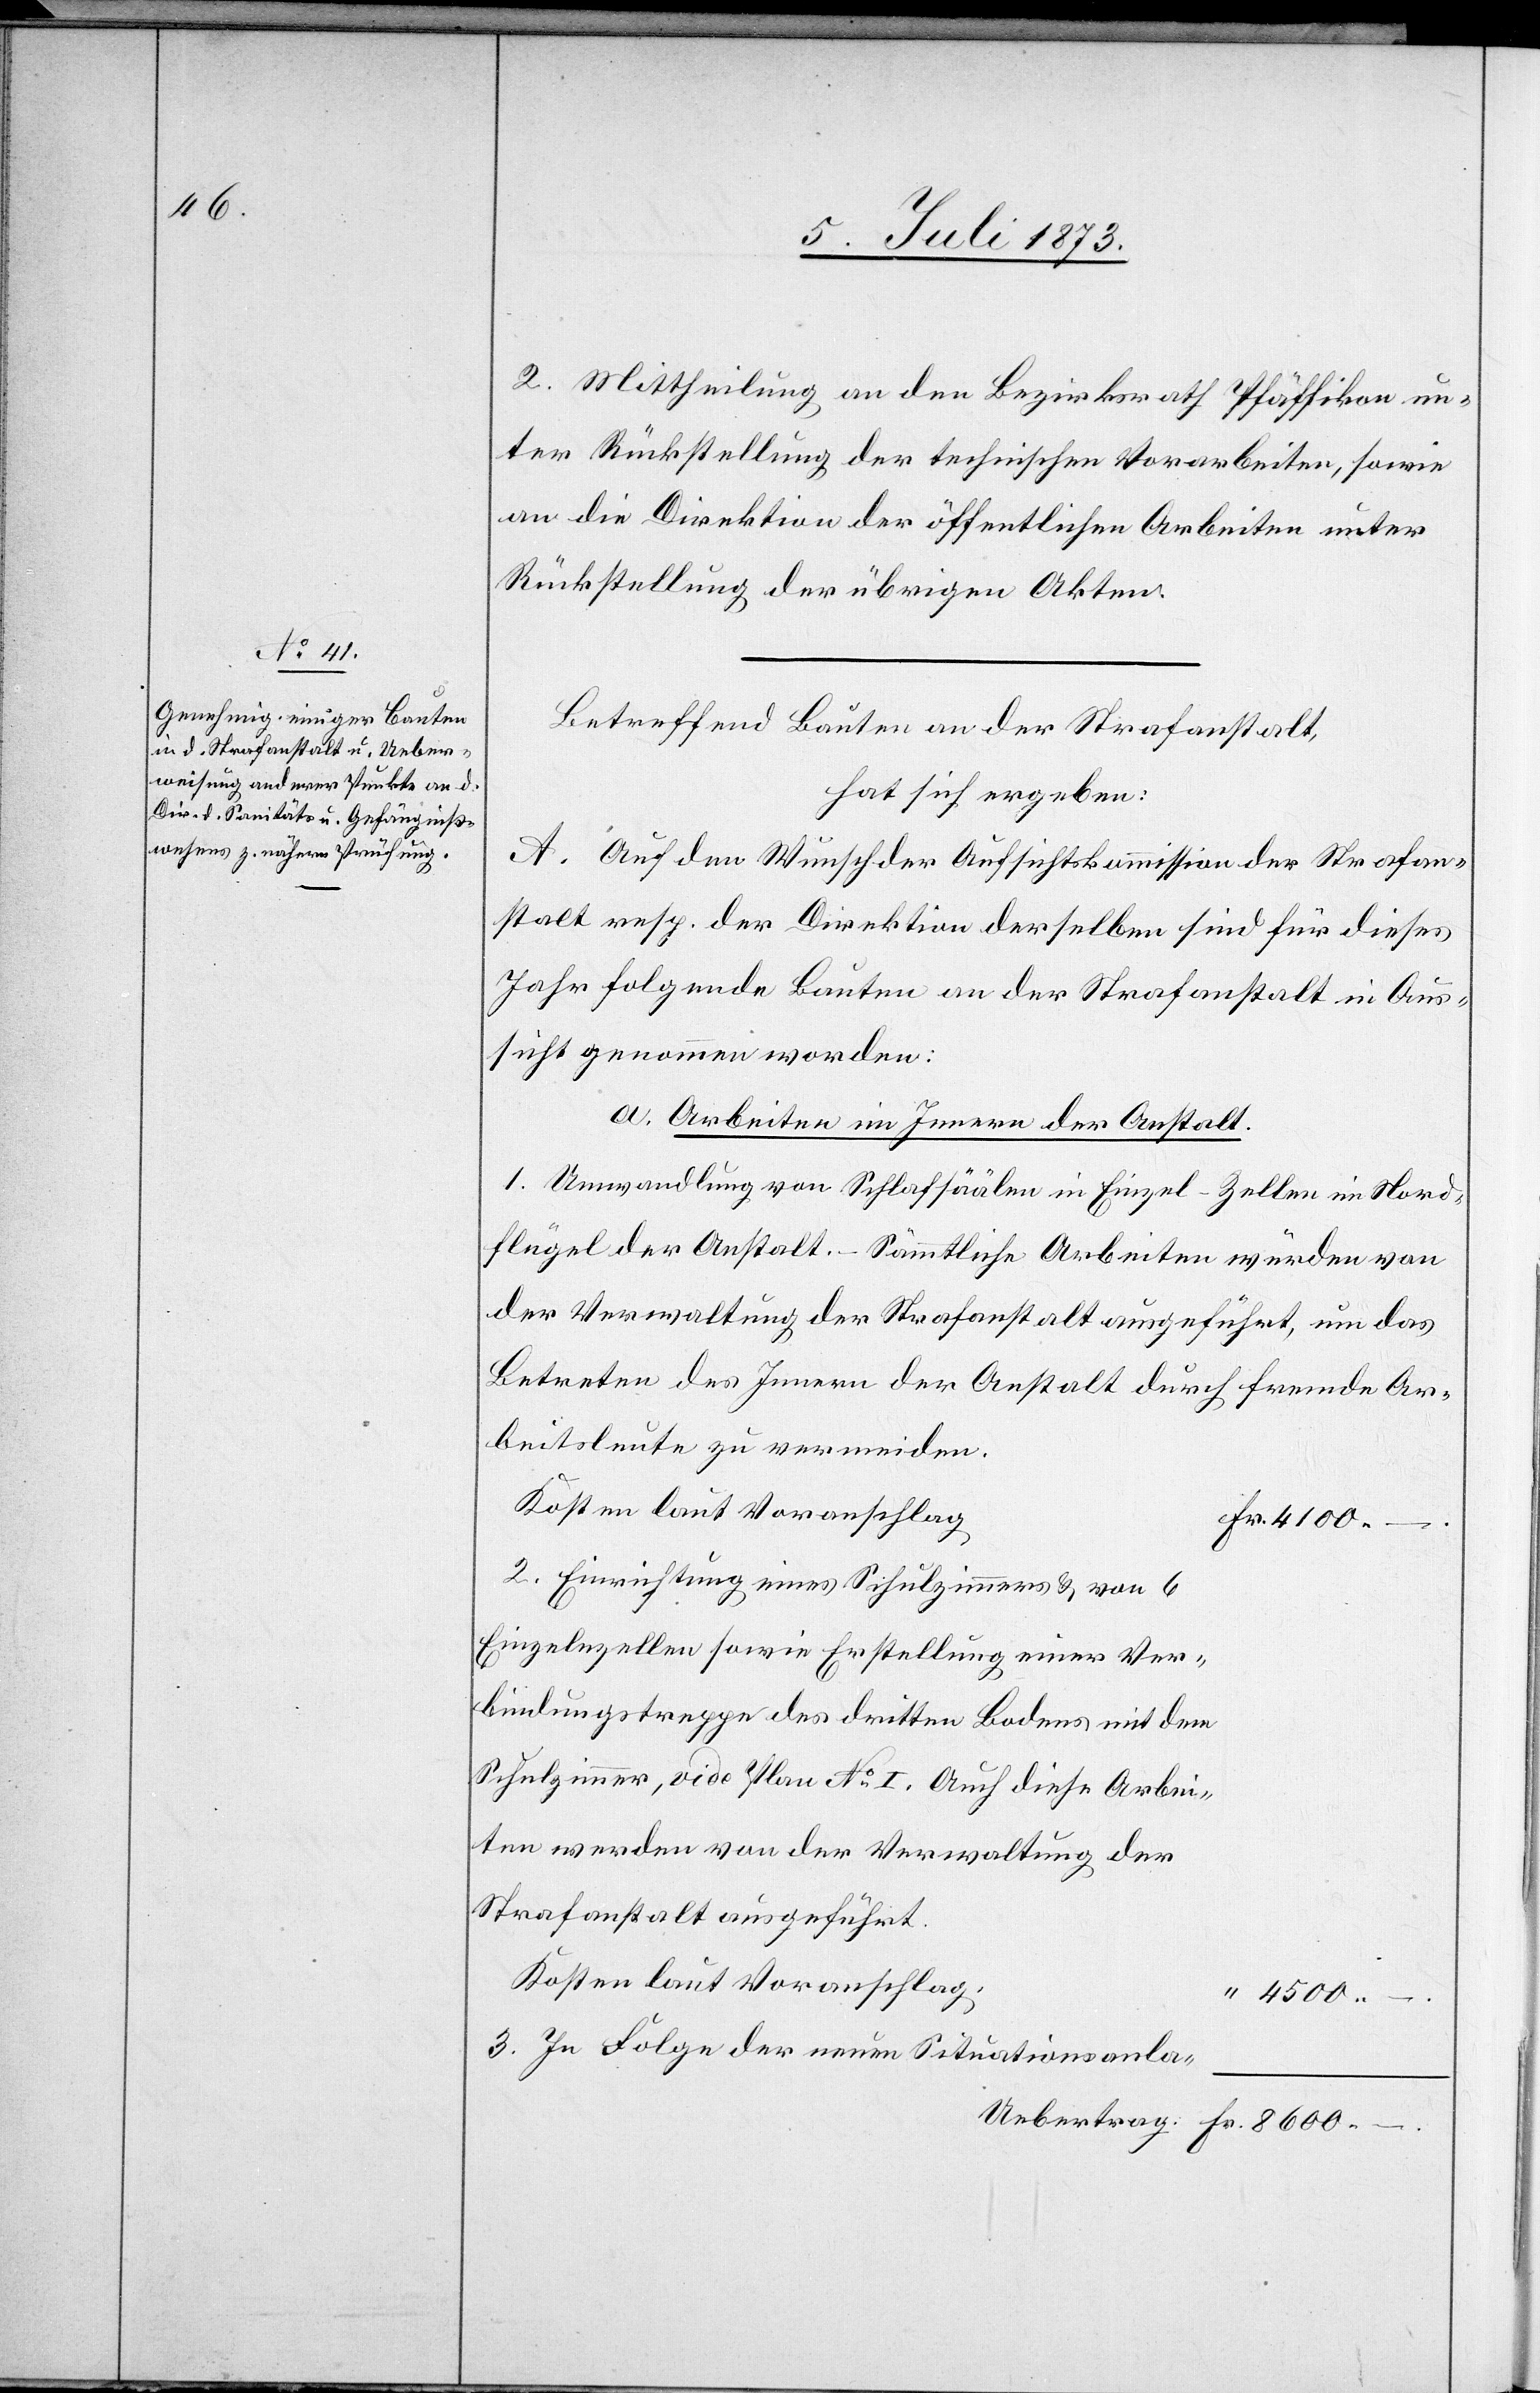
2. Mittheilung an den Bezirksrath Pfäffikon un¬
ter Rückstellung der technischen Vorarbeiten, sowie
an die Direktion der öffentlichen Arbeiten unter
Rückstellung der übrigen Akten.
Betreffend Bauten an der Strafanstalt,
hat sich ergeben:
A. Auf den Wunsch der Aufsichtskommission der Strafan¬
stalt resp. der Direktion derselben sind für dieses
Jahr folgende Bauten an der Strafanstalt in Aus¬
sicht genommen worden:
a. Arbeiten im Innern der Anstalt.
1. Umwandlung von Schlafsäälen in Einzel-Zellen im Nord¬
flügel der Anstalt. – Sämmtliche Arbeiten würden von
der Verwaltung der Strafanstalt ausgeführt, um das
Betreten des Innern der Anstalt durch fremde Ar¬
beitsleute zu vermeiden.
Kosten laut Voranschlag
–.
2. Einrichtung eines Schulzimmers & von 6
Einzelnzellen sowie Erstellung einer Ver¬
bindungstreppe des dritten Bodens mit dem
Schulzimmer, vide Plan No I. Auch diese Arbei¬
ten werden von der Verwaltung der
Strafanstalt ausgeführt.
Kosten laut Voranschlag.
3. In Folge der neuen Situationsanla-